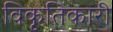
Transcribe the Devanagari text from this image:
विकृतिकारी